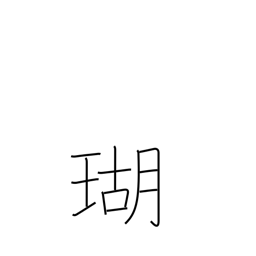
Meaning: coral